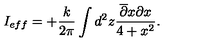
I _ { e f f } = + \frac { k } { 2 \pi } \int d ^ { 2 } z \frac { \overline { { \partial } } x \partial x } { 4 + x ^ { 2 } } .